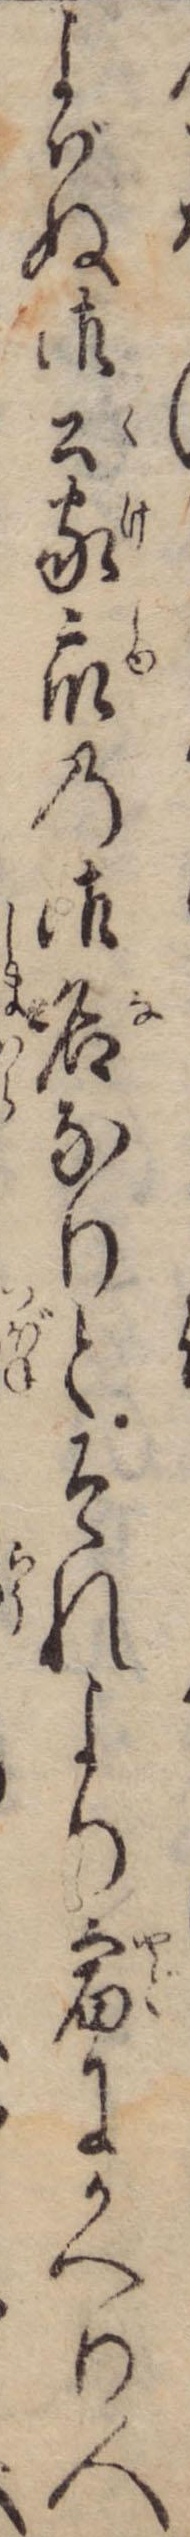
よばぬ御公家衆の御名なりとそれより宿にかへり人